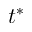
t ^ { * }